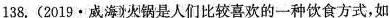
138.(2019·威海火锅是人们比较喜欢的一种饮食方式，如